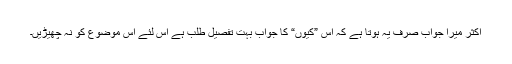
اکثر میرا جواب صرف یہ ہوتا ہے کہ اس ”کیوں“ کا جواب بہت تفصیل طلب ہے اس لئے اس موضوع کو نہ چھیڑیں۔